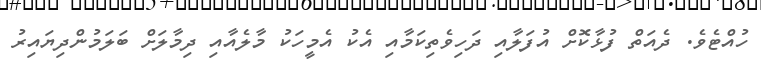
ހުއްޓެވެ. ދެއަތް ފުޅާކޮށް އުފަލާއި ދަހިވެތިކަމާއި އެކު އެމީހަކު މާލެއާއި ދިމާލަށް ބަލަމުންދިޔައިރު